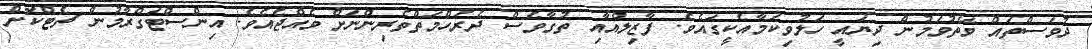
ދުވަސްތައް ވޭތުވަމުން ދިޔައީ ހަލުވިކަމާއެކީގައެވެ. ފާޒިލްއާއި ތުގާވެސް ދެރަހްމަތްތެރިންނަށް ވެއްޖެއެވެ. އިންސްޓަގްރާމުން ޗެޓްކޮށް